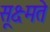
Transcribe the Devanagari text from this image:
सूक्ष्मते